Vaccination United Provinces of Agra and Oudh 1902-1913 - 1902-1913
Year: 1902
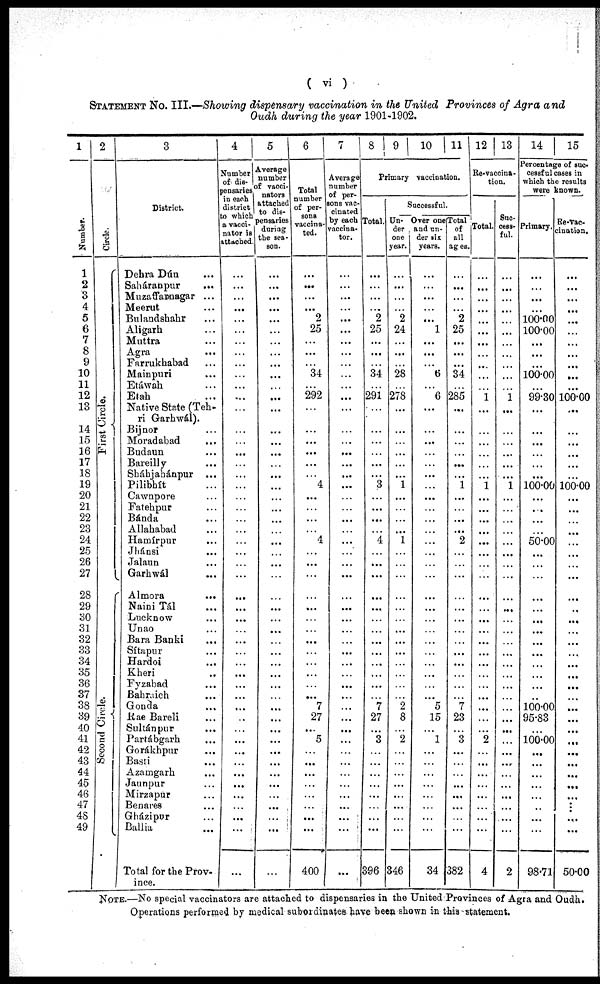
( vi )
STATEMENT No. III.—Showing dispensary vaccination in the United Provinces of Agra and
Oudh during the year 1901-1902.
1
Number.
1
2
3
4
5
6
7
8
9
10
11
12
13
14
15
16
17
18
19
20
21
22
23
24
25
26
27
28
29
30
31
32
33
34
35
36
37
38
39
40
41
42
43
44
45
46
47
48
49
2
Circle.
First Circle.
Second Circle.
3
District.
Dehra Dún ...
Saháranpur
...
Muzaffarnagar ...
Meerut ...
Bulandshahr ...
Aligarh ...
Muttra ...
Agra ...
Farrukhabad ...
Mainpuri ...
Etáwah ...
Etah ...
Native State (Teh¬
ri Garhwál).
Bijnor ...
Moradabad ...
Budaun ...
Bareilly ...
Sháhjahánpur ...
Pilibhít ...
Cawnpore ...
Fatehpur ...
Bánda ...
Allahabad ...
Hamírpur ...
Jhánsi ...
Jalaun ...
Garhwál ...
Almora
...
Naini Tál ...
Lucknow ...
Unao ...
Bara Banki ...
Sítapur ...
Hardoi ...
Kheri ...
Fyzabad ...
Bahraich ...
Gonda ...
Rae Bareli ...
Sultánpur ...
Partábgarh ...
Gorákhpur ...
Basti ...
Azamgarh ...
Jaunpur ...
Mirzapur ...
Benares ...
Gházipur ...
Ballia ...
Total for the Prov-
ince.
4
Number
of dis-
pensaries
in each
district
to which
a vacci¬
nator is
attached.
...
...
...
...
...
...
...
...
...
...
...
...
...
...
...
...
...
...
...
...
...
...
...
...
...
...
...
...
...
...
...
...
...
...
...
...
...
...
...
...
...
...
...
...
...
...
...
...
...
5
Average
number
of vacci¬
nators
attached
to dis-
pensaries
during
the sea¬
son.
...
...
...
...
...
...
...
...
...
...
...
...
...
...
...
...
...
...
...
...
...
...
...
...
...
...
...
...
...
...
...
...
...
...
...
...
...
...
...
...
...
...
...
...
...
...
...
...
...
...
6
Total
number
of per-
sons
vaccina-
ted.
...
...
...
...
2
25
...
...
...
34
...
292
...
...
...
...
...
...
4
...
...
...
...
4
...
...
...
...
...
...
...
...
...
...
...
...
...
7
27
...
5
...
...
...
...
...
...
...
...
400
7
Average
number
of per-
sons vac-
cinated
by each
vaccina¬
tor.
...
...
...
...
...
...
...
...
...
...
...
...
...
...
...
...
...
...
...
...
...
...
...
...
...
...
...
...
...
...
...
...
...
...
...
...
...
...
...
...
...
...
...
...
...
...
...
...
...
...
8 9 10 11
Primary vaccination.
Total.
...
...
...
...
2
25
...
...
...
34
...
291
...
...
...
...
...
...
3
...
...
...
...
4
...
...
...
...
...
...
...
...
...
...
...
...
...
7
27
...
3
...
...
...
...
...
...
...
...
396
Successful.
Un-
der .
one
year.
...
...
...
.. .
2
24
...
...
...
28
...
278
...
...
...
...
...
...
1
...
...
...
...
1
...
...
...
...
...
...
...
...
...
...
...
...
...
2
8
...
2
...
...
...
...
...
...
...
...
346
Over one
and un-
der six
years.
...
...
...
...
...
1
...
...
...
6
...
6
...
...
...
...
...
...
...
...
...
...
...
...
...
...
...
...
...
...
...
...
...
...
...
...
...
5
15
...
1
...
...
...
...
...
...
...
...
34
Total
of
all
ages.
...
...
...
...
2
25
...
...
...
34
...
285
...
...
...
...
...
...
1
...
...
...
...
2
...
...
...
...
...
...
...
...
...
...
...
...
...
7
23
...
3
...
...
...
...
...
...
...
...
382
12 13
Re-vaccina-
tion.
Total.
...
...
...
...
...
...
...
...
...
...
...
1
...
...
...
...
...
...
1
...
...
...
...
...
...
...
...
...
...
...
...
...
...
...
...
...
...
...
...
...
2
...
...
...
...
...
...
...
...
4
Suc-
cess¬
ful.
...
...
...
...
...
...
...
...
...
...
...
1
...
...
...
...
...
...
1
...
...
...
...
...
...
...
...
...
...
...
...
...
...
...
...
...
...
...
...
...
...
...
...
...
...
...
...
...
...
2
14
15
Percentage of suc-
cessful cases in
which the results
were known.
Primary.
...
...
...
...
100.00
100.00
...
...
...
100.00
...
99.30
...
...
...
...
...
...
100.00
...
...
...
...
50.00
...
...
...
...
...
...
...
...
...
...
...
...
...
100.00
95.83
...
100.00
...
...
...
...
...
...
...
...
98.71
Re-vac-
cination.
...
...
...
...
...
...
...
...
...
...
...
100.00
...
...
...
...
...
...
100.00
...
...
...
...
...
...
...
...
...
...
...
...
...
...
...
...
...
...
...
...
...
...
...
...
...
...
...
...
...
...
50.00
NOTE.—No special vaccinators are attached to dispensaries in the United Provinces of Agra and Oudh.
Operations performed by medical subordinates have been shown in this statement.